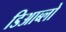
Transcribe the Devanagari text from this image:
डिआब्लो